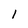
Character: 1